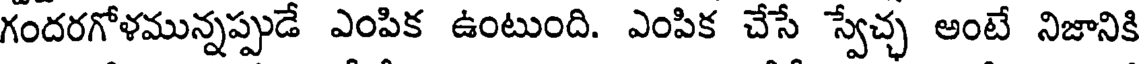
గందరగోళమున్నప్పుడే ఎంపిక ఉంటుంది. ఎంపిక చేసే స్వేచ్చ అంటే నిజానికి